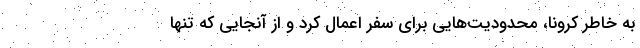
به خاطر کرونا، محدودیت‌هایی برای سفر اعمال کرد و از آنجایی که تنها